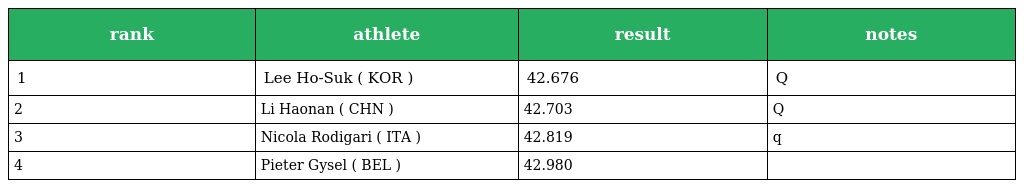
| rank | athlete | result | notes |
 | --- | --- | --- | --- |
 | 1 | Lee Ho-Suk ( KOR ) | 42.676 | Q |
 | 2 | Li Haonan ( CHN ) | 42.703 | Q |
 | 3 | Nicola Rodigari ( ITA ) | 42.819 | q |
 | 4 | Pieter Gysel ( BEL ) | 42.980 |  |